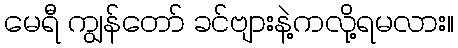
မေရီ ကျွန်တော် ခင်ဗျားနဲ့ကလို့ရမလား။